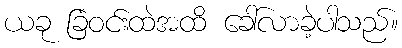
ယခု ခြံဝင်းထဲအထိ ခေါ်လာခဲ့ပါသည်။